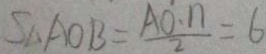
S _ { \Delta A O B } = \frac { A O \cdot n } { 2 } = 6